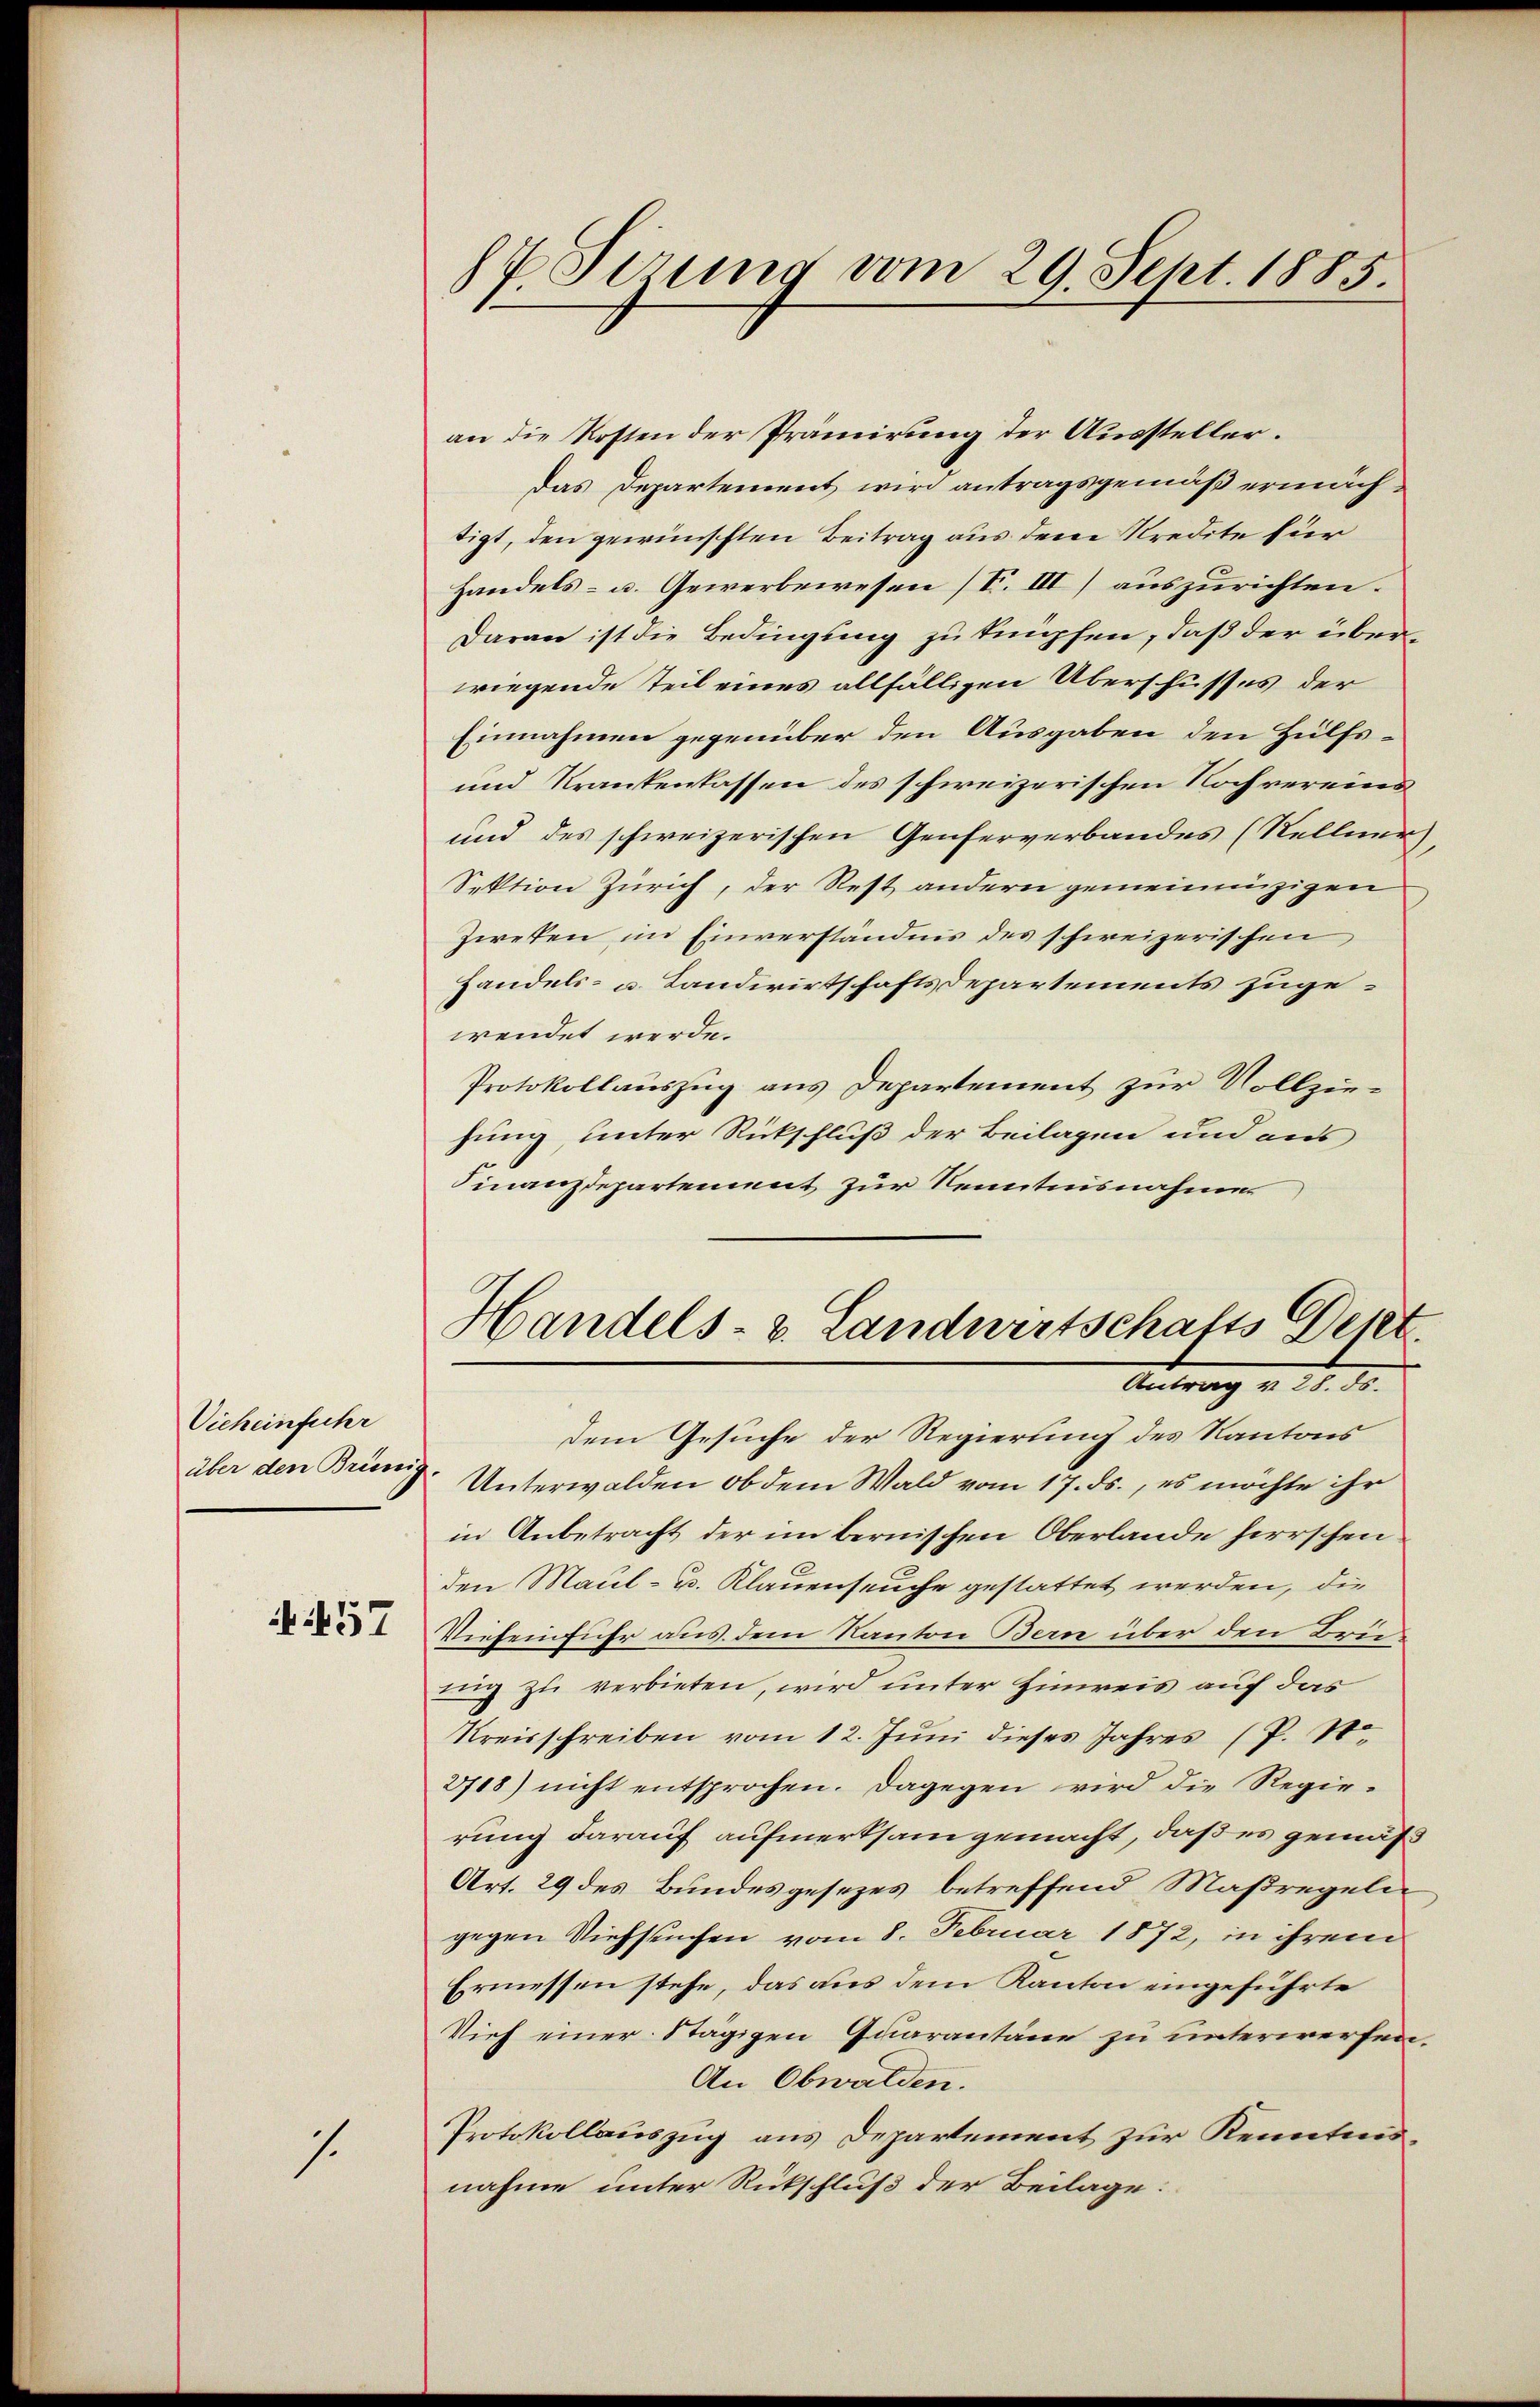
Vich einführ

457

7.

an die Kosten der Prämirung der Aussteller.
das Departement wird antragsgemäß ermächtigt, den gewünschten Beitrag aus dem Kredite für
Handels- u. Gewerbewesen (T. III) auszurichten.
Daran ist die Bedingung zu knüpfen, daß der überwiegende Teil eines allfälligen Überschusses der
Einnahmen gegenüber den Ausgaben den Hülfs¬
und Krankenlassen des schweizerischen Nochvereins
und des schweizerischen Genferverbandes (Rellner,
Sektion Zürich, der Rest andern gemeineinzigen
Zweken im Einverständnis des schweizerischen
Handels- u. Landwirtschaftsdepartements zugewendet werde.
Protokollauszug aus Departement zur Vollzie-
hung, unter Rückschluß der Beilagen und aus
Finanzdepartement zur Kenntnisnahme

7 Sizung vom 29. Sept. 1885.

Handels- u. Landwirtschafts Detet
Antrag v. 10. ds.
dem Gesuche der Regierung des Kantons
über den Brünig. Unterwalden, ob dem Wald vom 17. ds., es möchte ihr

in Anbetracht der im bernischen Oberlande herrschen
den Maul- u. Klauenseuche gestattet werden, die
Viefeinfuhr aus dem Kanton Bern über den Breieng zu verbieten, wird unter Einweis auf das
Kreisschreiben vom 12. Juni dieses Jahres (P. Nr.
2718) nicht entsprochen. Dagegen wird die Regierung darauf aufmerksam gemacht, daß es gemäß
Art. 29 des Bundesgesezes betreffend Maßregeln
gegen Viehseuchen vom 8. Februar 1872, in ihrem
Ermessen stehe, das aus dem Kanton eingeführte
Vieh einer Stägigen Quarantane zu unterwerfen,
An Obwalden.
Protokollauszug aus Departement zur Kenntnisnahme unter Rückschluß der Beilage: